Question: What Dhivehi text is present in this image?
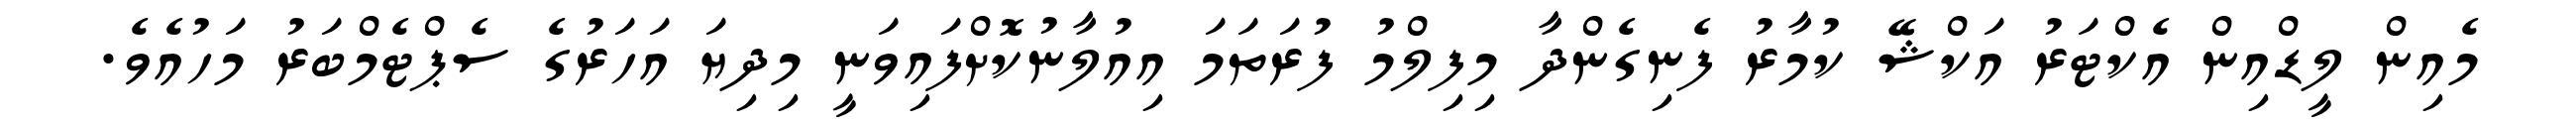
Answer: މެއިން ލީޑްއިން އެކްޓަރު އަކްޝޭ ކުމާރު ފެނިގެންދާ މިފިލްމު ފުރަތަމަ އިއުލާނުކޮށްފައިވަނީ މިދިޔަ އަހަރުގެ ސެޕްޓެމްބަރު މަހުއެވެ.